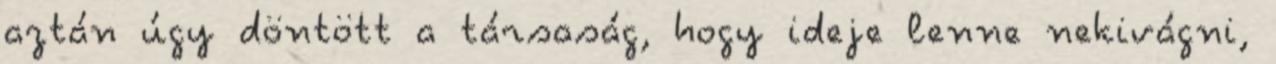
aztán úgy döntött a társaság, hogy ideje lenne nekivágni,